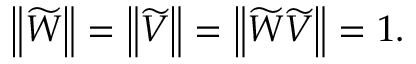
\left\| \widetilde { W } \right\| = \left\| \widetilde { V } \right\| = \left\| \widetilde { W } \widetilde { V } \right\| = 1 .